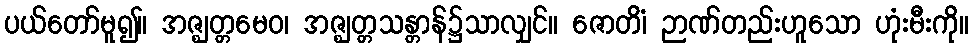
ပယ်တော်မူ၍။ အဇ္ဈတ္တမေဝ၊ အဇ္ဈတ္တသန္တာန်၌သာလျှင်။ ဇောတိံ၊ ဉာဏ်တည်းဟူသော ဟုံးမီးကို။